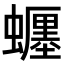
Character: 𧓋